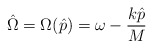
\begin{align*}\hat{\Omega}=\Omega(\hat{p})=\omega - \frac{k\hat{p}}{M}\end{align*}